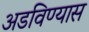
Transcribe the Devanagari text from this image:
अडविण्यास